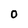
Character: O